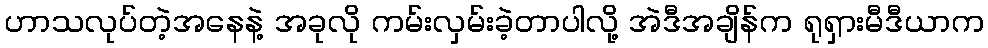
ဟာသလုပ်တဲ့အနေနဲ့ အခုလို ကမ်းလှမ်းခဲ့တာပါလို့ အဲဒီအချိန်က ရုရှားမီဒီယာက